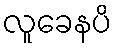
လူခေနပိ